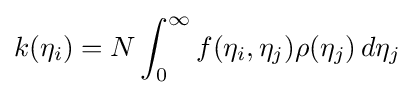
k(\eta _{i})=N\int _{0}^{\infty }f(\eta _{i},\eta _{j})\rho (\eta _{j})\,d\eta _{j}